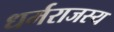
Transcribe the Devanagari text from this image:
धर्मराजस्य